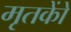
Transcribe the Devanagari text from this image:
मृतकोें